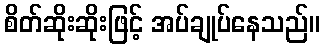
စိတ်ဆိုးဆိုးဖြင့် အပ်ချုပ်နေသည်။